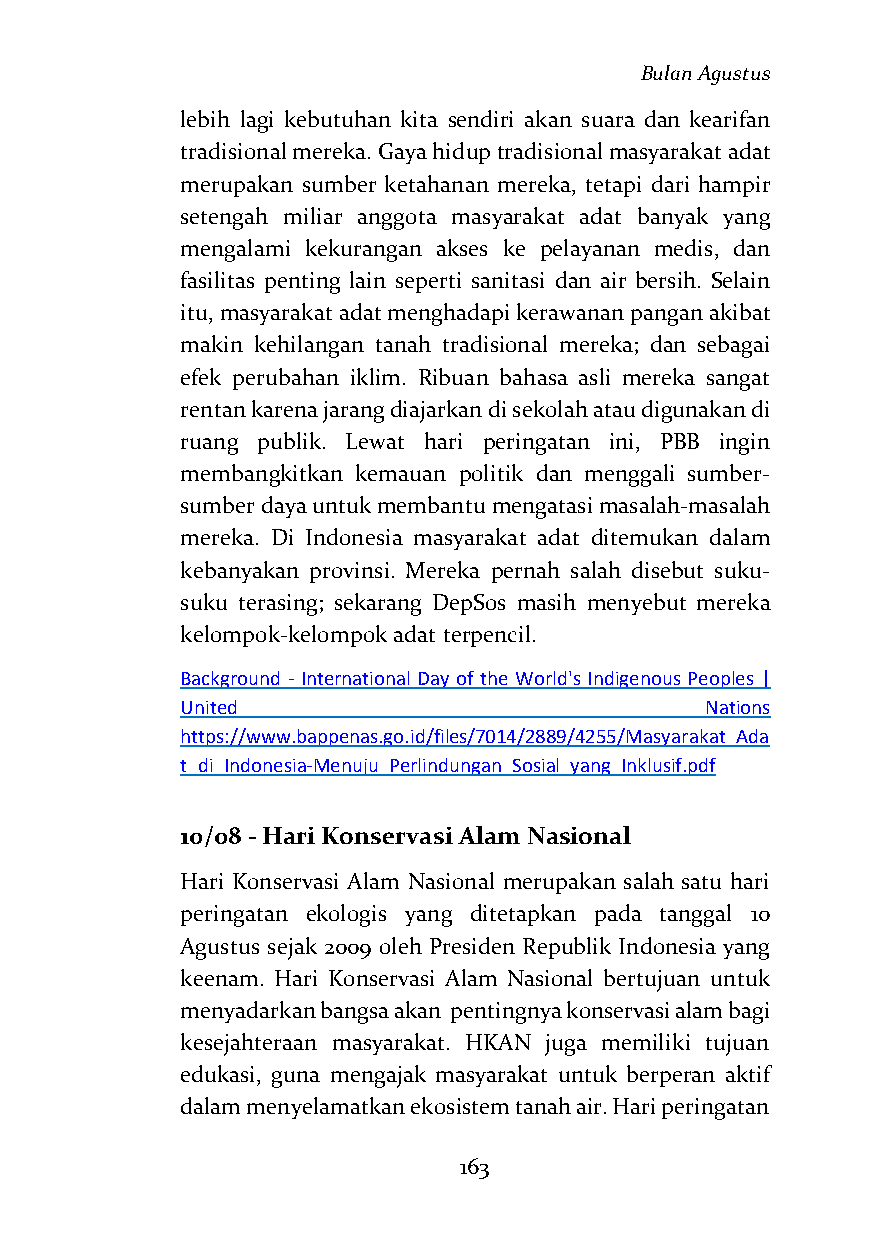
Bulan Agustus
 lebih lagi kebutuhan kita sendiri akan suara dan kearifan
 tradisional mereka. Gaya hidup tradisional masyarakat adat
 merupakan sumber ketahanan mereka, tetapi dari hampir
 setengah miliar anggota masyarakat adat banyak yang
 mengalami kekurangan akses ke pelayanan medis, dan
 fasilitas penting lain seperti sanitasi dan air bersih. Selain
 itu, masyarakat adat menghadapi kerawanan pangan akibat
 makin kehilangan tanah tradisional mereka; dan sebagai
 efek perubahan iklim. Ribuan bahasa asli mereka sangat
 rentan karena jarang diajarkan di sekolah atau digunakan di
 ruang publik. Lewat hari peringatan ini, PBB ingin
 membangkitkan kemauan politik dan menggali sumber-
 sumber daya untuk membantu mengatasi masalah-masalah
 mereka. Di Indonesia masyarakat adat ditemukan dalam
 kebanyakan provinsi. Mereka pernah salah disebut suku-
 suku terasing; sekarang DepSos masih menyebut mereka
 kelompok-kelompok adat terpencil.
 Background - International Day of the World's Indigenous Peoples |
 United                             Nations
 https://www.bappenas.go.id/files/7014/2889/4255/Masyarakat_Ada
 t_di_Indonesia-Menuju_Perlindungan_Sosial_yang_Inklusif.pdf
 10/08 - Hari Konservasi Alam Nasional
 Hari Konservasi Alam Nasional merupakan salah satu hari
 peringatan ekologis yang ditetapkan pada tanggal 10
 Agustus sejak 2009 oleh Presiden Republik Indonesia yang
 keenam. Hari Konservasi Alam Nasional bertujuan untuk
 menyadarkan bangsa akan pentingnya konservasi alam bagi
 kesejahteraan masyarakat. HKAN juga memiliki tujuan
 edukasi, guna mengajak masyarakat untuk berperan aktif
 dalam menyelamatkan ekosistem tanah air. Hari peringatan
 163